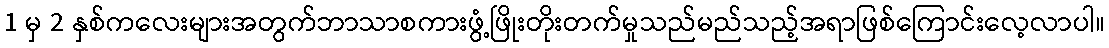
1 မှ 2 နှစ်ကလေးများအတွက်ဘာသာစကားဖွံ့ဖြိုးတိုးတက်မှုသည်မည်သည့်အရာဖြစ်ကြောင်းလေ့လာပါ။